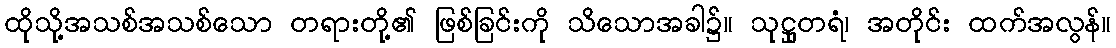
ထိုသို့အသစ်အသစ်သော တရားတို့၏ ဖြစ်ခြင်းကို သိသောအခါ၌။ သုဋ္ဌုတရံ၊ အတိုင်း ထက်အလွန်။